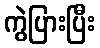
ကွဲပြားပြီး